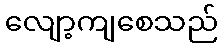
လျော့ကျစေသည်